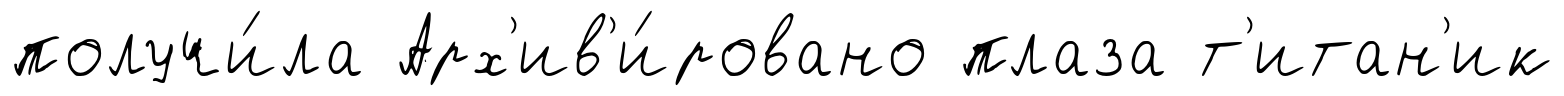
получи́ла Арх'ив'и́ровано плаза т'итан'ик